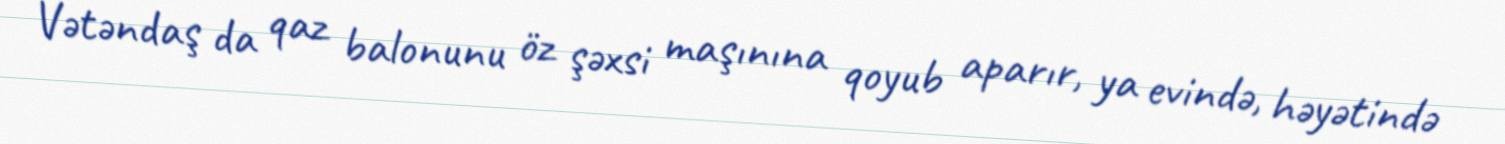
Vətəndaş da qaz balonunu öz şəxsi maşınına qoyub aparır, ya evində, həyətində